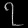
Digit: ၇